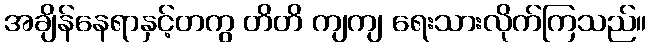
အချိန်နေရာနှင့်တကွ တိတိ ကျကျ ရေးသားလိုက်ကြသည်။